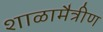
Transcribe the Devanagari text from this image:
शाळामैत्रीण